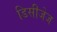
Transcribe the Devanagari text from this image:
डिसीजेज